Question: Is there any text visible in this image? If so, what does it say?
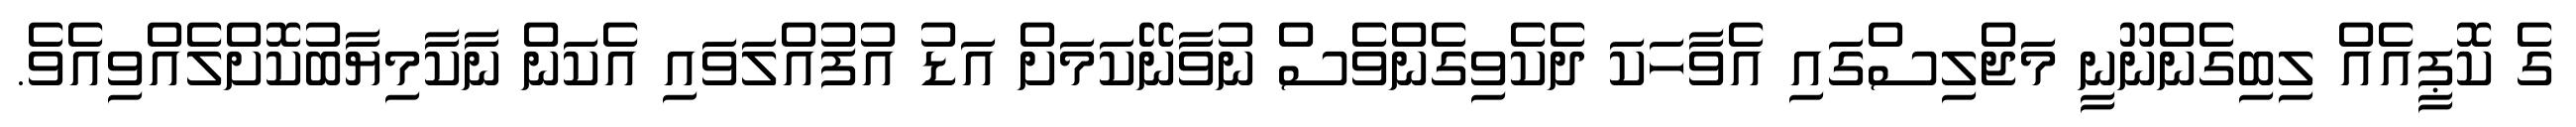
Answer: ގެ ކޮޕީއެއް ލިބިގެންނޫނީ މަޖްލިސްގައި އެވާހަކަ ދެކެވިގެންވެސް ނުވާނޭކަމަށް އަޑު އުފުއްލަވައި އެކަން ނާކާމިޔާބުކޮށްލެއްވިއެވެ.